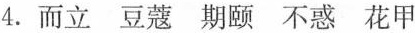
4.而立 豆蔻 期颐 不惑 花甲